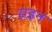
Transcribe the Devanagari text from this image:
ऱाइन